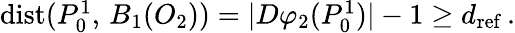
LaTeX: \begin{array}{r}{\mathrm{dist}(P_{0}^{1},\, B_{1}(O_{2}))=|D\varphi_{2}(P_{0}^{1})|-1\geq d_{\mathrm{ref}}\, .}\end{array}